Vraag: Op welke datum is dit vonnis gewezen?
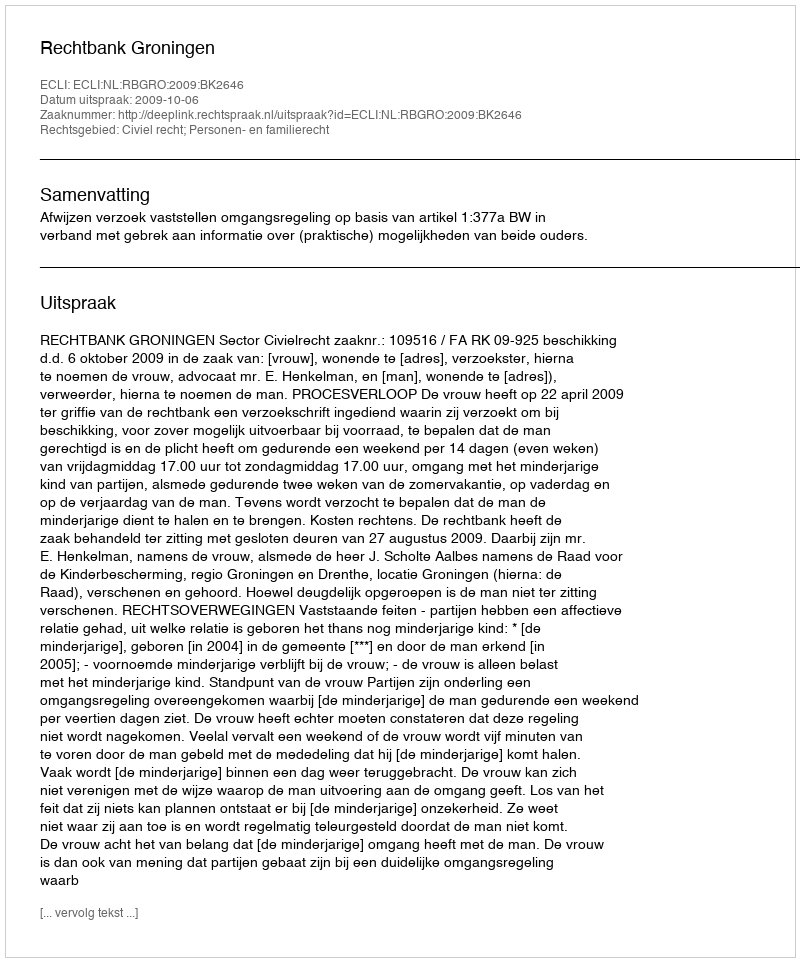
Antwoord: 2009-10-06